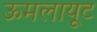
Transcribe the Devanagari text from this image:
ऊमलायूट